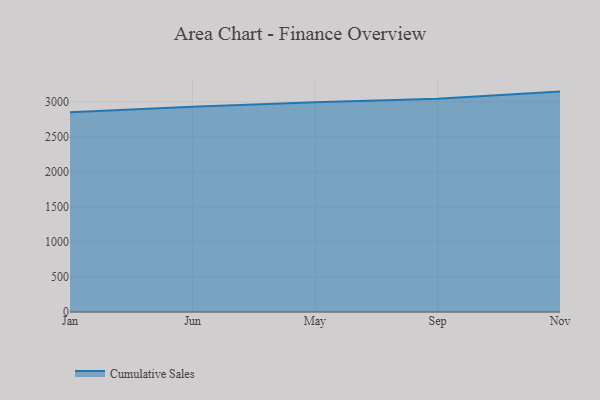
{"axis": {"x": "Month", "y": "Energy Usage (MWh)"}, "legend": ["Cumulative Sales"], "data": [{"x": "Jan", "y": 2850.3, "type": "Cumulative Sales"}, {"x": "Jun", "y": 2931.1, "type": "Cumulative Sales"}, {"x": "May", "y": 2995.2, "type": "Cumulative Sales"}, {"x": "Sep", "y": 3043.8, "type": "Cumulative Sales"}, {"x": "Nov", "y": 3146.3, "type": "Cumulative Sales"}]}